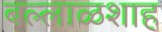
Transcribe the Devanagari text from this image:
बल्लाळशाह